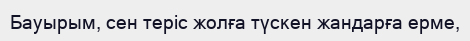
Бауырым, сен теріс жолға түскен жандарға ерме,